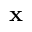
\mathbf { x }